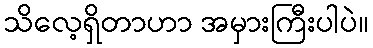
သိလေ့ရှိတာဟာ အမှားကြီးပါပဲ။